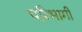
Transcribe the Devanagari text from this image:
परिभागी